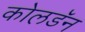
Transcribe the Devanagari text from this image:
कोलडॅन